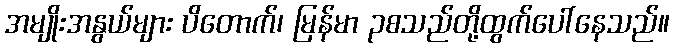
အမျိုးအနွယ်များ ပိတောက်၊ မြန်မာ ၃စသည်တို့ထွက်ပေါ်နေသည်။